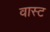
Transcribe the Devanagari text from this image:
वास्ट